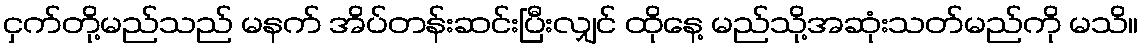
ငှက်တို့မည်သည် မနက် အိပ်တန်းဆင်းပြီးလျှင် ထိုနေ့ မည်သို့အဆုံးသတ်မည်ကို မသိ။